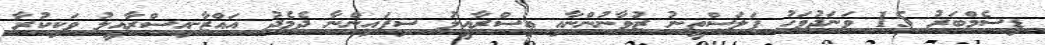
ޑިސެމްބަރު 15 ވަނަދުވަހު ފަލަސްތީނު ޒުވާނުންނާއި އިސްރާއީލު ސިފައިންނާ ދެމެދު ޣައްޒާ-އިސްރާއީލު ވަކިކުރާ